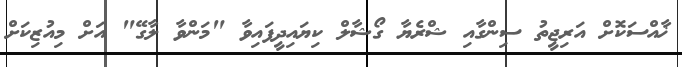
ޚާއްސަކޮށް އަރިޖީތު ސިންގާއި ޝްރެޔާ ގޯޝާލް ކިޔައިދީފައިވާ "މަންވާ ލާގޭ" އަށް މިއުޒިކަށް